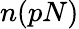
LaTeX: n(pN)